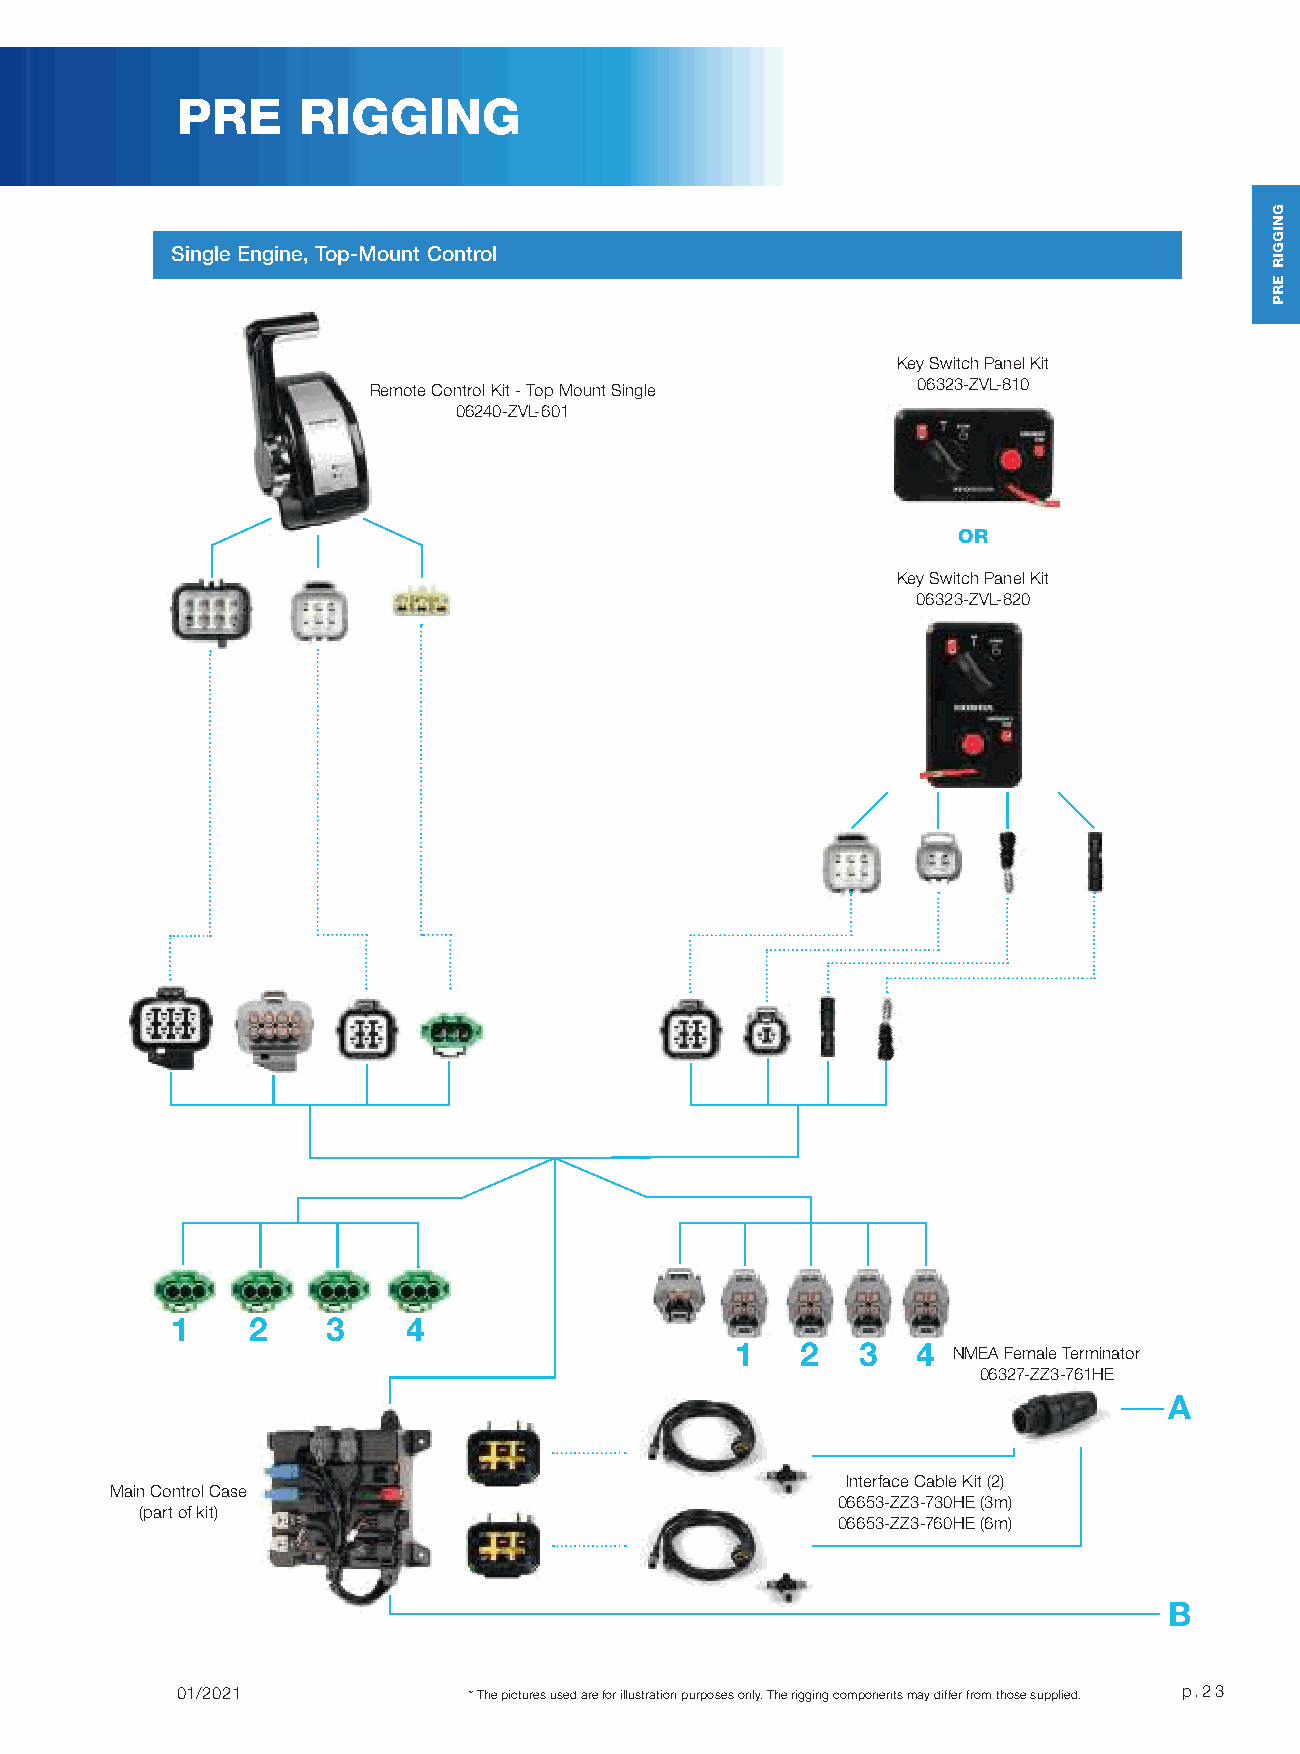
PRE     RIGGING
 Single Engine, Top-Mount Control
 Key Switch Panel Kit
 06323-ZVL-810
 Remote Control Kit - Top Mount Single
 06240-ZVL-601
 OR
 Key Switch Panel Kit
 06323-ZVL-820
 1     2    3    4
 1   2   3   4
 NMEA Female Terminator
 06327-ZZ3-761HE
 A
 Interface Cable Kit (2)
 Main Control Case
 06653-ZZ3-730HE (3m)
 (part of kit)
 06653-ZZ3-760HE (6m)
 B
 01/2021            * The pictures used are for illustration purposes only. The rigging components may differ from those supplied. p.23
 GNIGGIR
 ERP